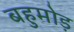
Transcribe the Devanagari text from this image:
बहुमोड़